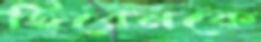
হিরেনকে